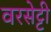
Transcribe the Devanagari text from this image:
वरसेट्टी